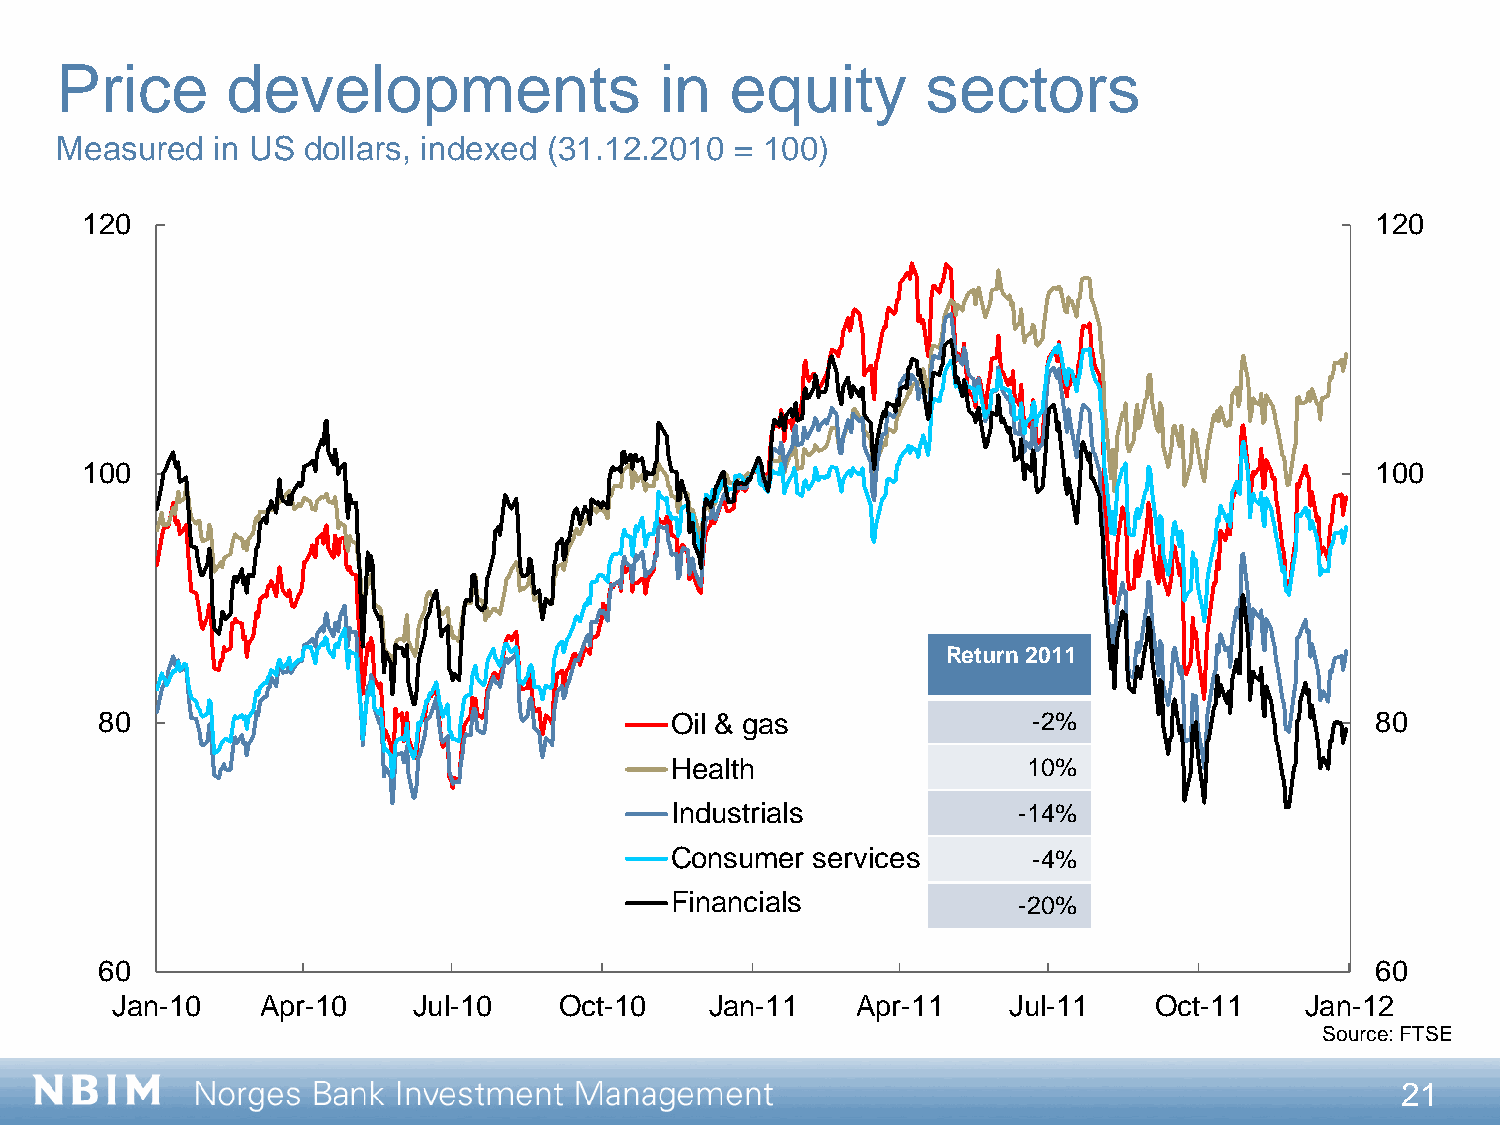
Price      developments                 in  equity       sectors
 Measured  in US dollars, indexed (31.12.2010 = 100)
 120                                                                                   120
 100                                                                                   100
 Return 2011
 80                                   Oil & gas               -2%                    80
 Health                  10%
 Industrials            -14%
 Consumer  services      -4%
 Financials             -20%
 60                                                                                  60
 Jan-10    Apr-10    Jul-10    Oct-10    Jan-11    Apr-11    Jul-11   Oct-11    Jan-12
 Source: FTSE
 21